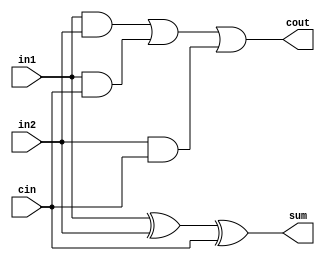
module full_adder(output wire sum,
                  output wire cout,
                  input wire in1,
                  input wire in2,
                  input wire cin);
    wire temp1;
    wire temp2;
    wire temp3;
    xor(sum, in1, in2, cin);
    and(temp1,in1,in2);
    and(temp2,in1,cin);
    and(temp3,in2,cin);
    or(cout,temp1,temp2,temp3);
endmodule